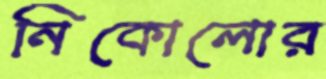
নিকোলোর